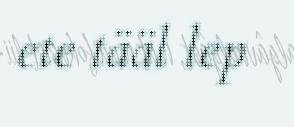
ete tääl lep